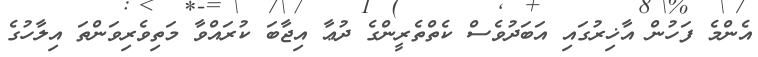
އެންމެ ފަހުން އާޚިރުގައި އަބަދުވެސް ކެތްތެރީންގެ ދުޢާ އިޖާބަ ކުރައްވާ މަތިވެރިވަންތަ އިލާހުގެ